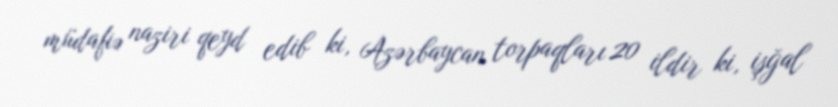
müdafiə naziri qeyd edib ki, Azərbaycan torpaqları 20 ildir ki, işğal